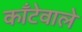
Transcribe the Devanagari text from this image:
काँटेवाले